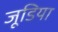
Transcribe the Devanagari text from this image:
जूडिया